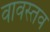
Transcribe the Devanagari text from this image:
वावस्तव